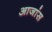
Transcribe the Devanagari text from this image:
आजांस